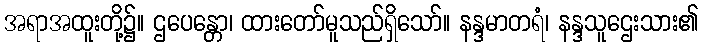
အရာအထူးတို့၌။ ဌပေန္တော၊ ထားတော်မူသည်ရှိသော်။ နန္ဒမာတရံ၊ နန္ဒသူဌေးသား၏